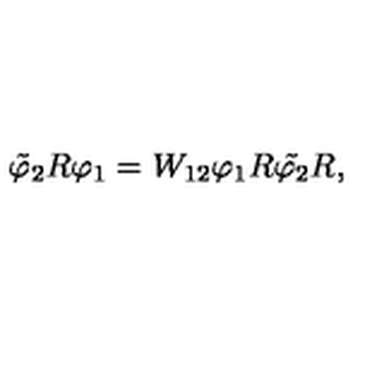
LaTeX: \tilde { \varphi } _ { 2 } R \varphi _ { 1 } = W _ { 1 2 } \varphi _ { 1 } R \tilde { \varphi _ { 2 } } R ,